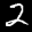
Label: 2